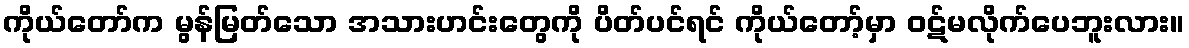
ကိုယ်တော်က မွန်မြတ်သော အသားဟင်းတွေကို ပိတ်ပင်ရင် ကိုယ်တော့်မှာ ဝဋ်မလိုက်ပေဘူးလား။